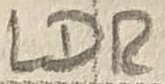
Text: LDR